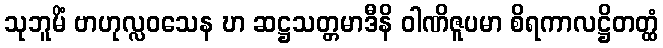
သုဘူမိံ ဗာဟုလ္လဝသေန ဎာ ဆဋ္ဌသတ္တမာဒီနိ ဝါဏိဇူပမာ စိရကာလဋ္ဌိတတ္ထံ